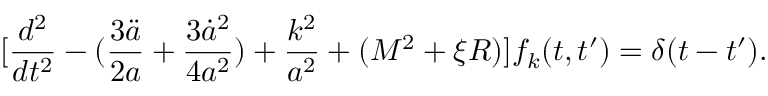
[ \frac { d ^ { 2 } } { d t ^ { 2 } } - ( \frac { 3 { \ddot { a } } } { 2 a } + \frac { 3 { \dot { a } } ^ { 2 } } { 4 a ^ { 2 } } ) + \frac { k ^ { 2 } } { a ^ { 2 } } + ( M ^ { 2 } + \xi { \cal R } ) ] f _ { k } ( t , t ^ { \prime } ) = \delta ( t - t ^ { \prime } ) .